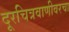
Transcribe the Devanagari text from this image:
दूरचित्रवाणीवरचा